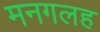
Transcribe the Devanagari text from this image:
मनगलह